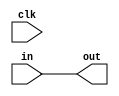

// Shows how after reading the initial Verilog, the top-level, hier_design,
// has no understanding of the characteristics of sub_design.
// That only gets introduced after the 1.begin.1.hierarchy stage.
//
// It also shows the concept of flattening, as seen in 2.flatten.0.flatten.

module sub_design(clk, in, out);

	parameter INSERT_FF = 0;

	input           clk;

	input           in;
	output          out;

	generate if (INSERT_FF) begin
        // Insert FF between in and out
		reg out_ff;
		always @(posedge clk) 
			out_ff <= in;
		assign out = out_ff;

	end else begin
        // Simply pass in to out.
		assign out = in;

	end endgenerate

endmodule


module hier_design(clk, a, z);

	input           clk;

	input           a;
	output          z;

	wire            i0;

	sub_design                   u_a_to_i0(clk, a, i0);
	sub_design #(.INSERT_FF(1) ) u_i0_to_z(clk, i0, z);

endmodule